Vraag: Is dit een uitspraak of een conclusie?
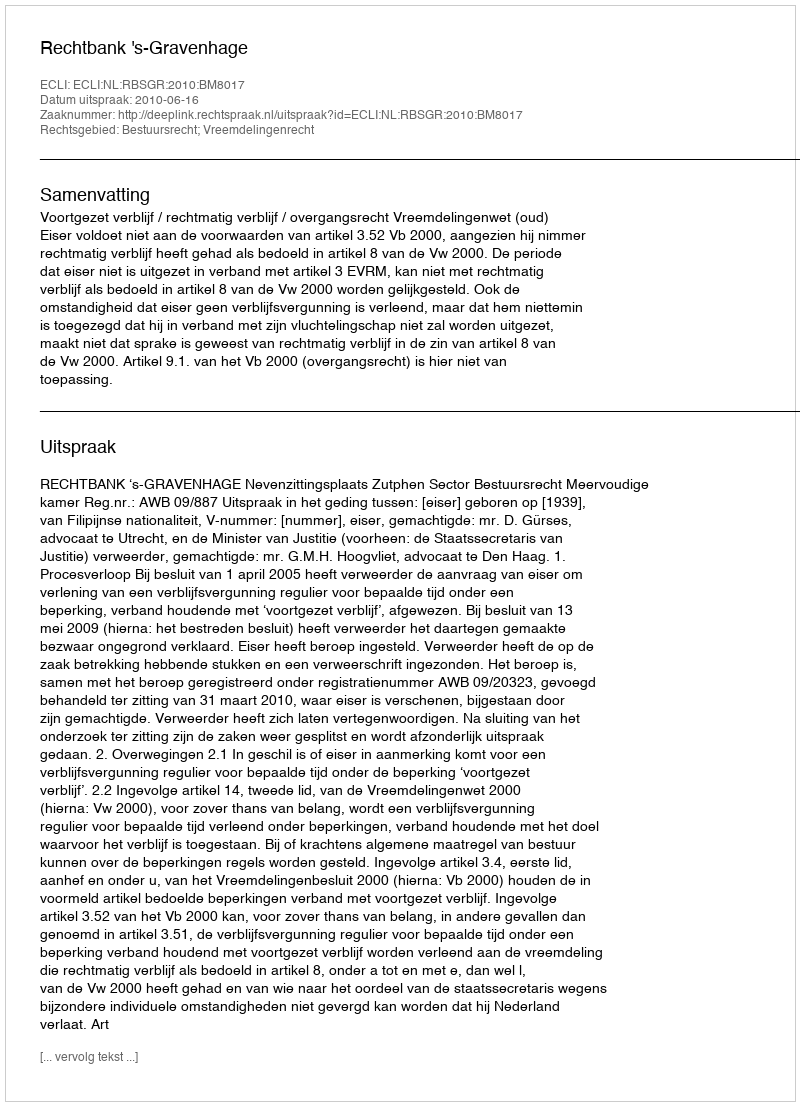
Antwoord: Uitspraak